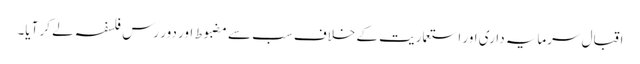
اقبال سرمایہ داری اور استعماریت کے خلاف سب سے مضبوط اور دور رس فلسفہ لے کر آیا۔